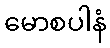
မောစပါနံ